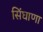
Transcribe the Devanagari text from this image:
सिंघाणा